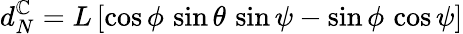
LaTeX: d_{N}^{\mathbb{C}}=L\, [\cos\phi\, \sin\theta\, \sin\psi-\sin\phi\, \cos\psi]